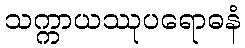
သက္ကာယဿုပရောဓနံ